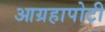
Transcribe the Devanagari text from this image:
आग्रहापोटी